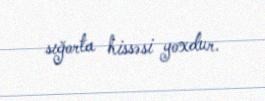
sığorta hissəsi yoxdur.